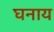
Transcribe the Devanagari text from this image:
घनाय